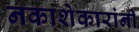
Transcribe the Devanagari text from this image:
नकाशेकारांनी